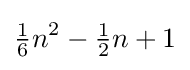
{\tfrac {1}{6}}n^{2}-{\tfrac {1}{2}}n+1